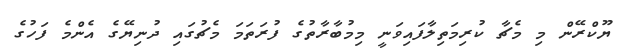
ޔޫކްރޭން މި މެޗާ ކުރިމަތިލާފައިވަނީ މިމުބާރާތުގެ ފުރަތަމަ މެޗުގައި ދުނިޔޭގެ އެންމެ ފަހުގެ